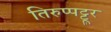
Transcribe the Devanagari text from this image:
तिरुप्पट्टूर